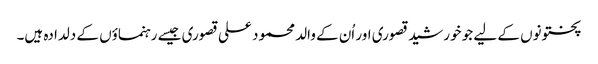
پختونوں کے لیے جو خورشید قصوری اور اُن کے والد محمود علی قصوری جیسے رہنماؤں کے دلدادہ ہیں۔